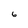
Character: 6